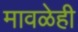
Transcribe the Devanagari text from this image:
मावळेही